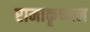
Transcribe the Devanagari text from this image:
रामाकृष्णन